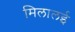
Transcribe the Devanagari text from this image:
मिलालई